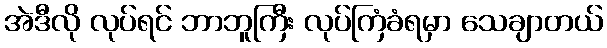
အဲဒီလို လုပ်ရင် ဘာဘူကြီး လုပ်ကြံခံရမှာ သေချာတယ်